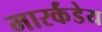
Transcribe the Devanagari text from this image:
मारर्कंडेय